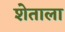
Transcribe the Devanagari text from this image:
शेताला